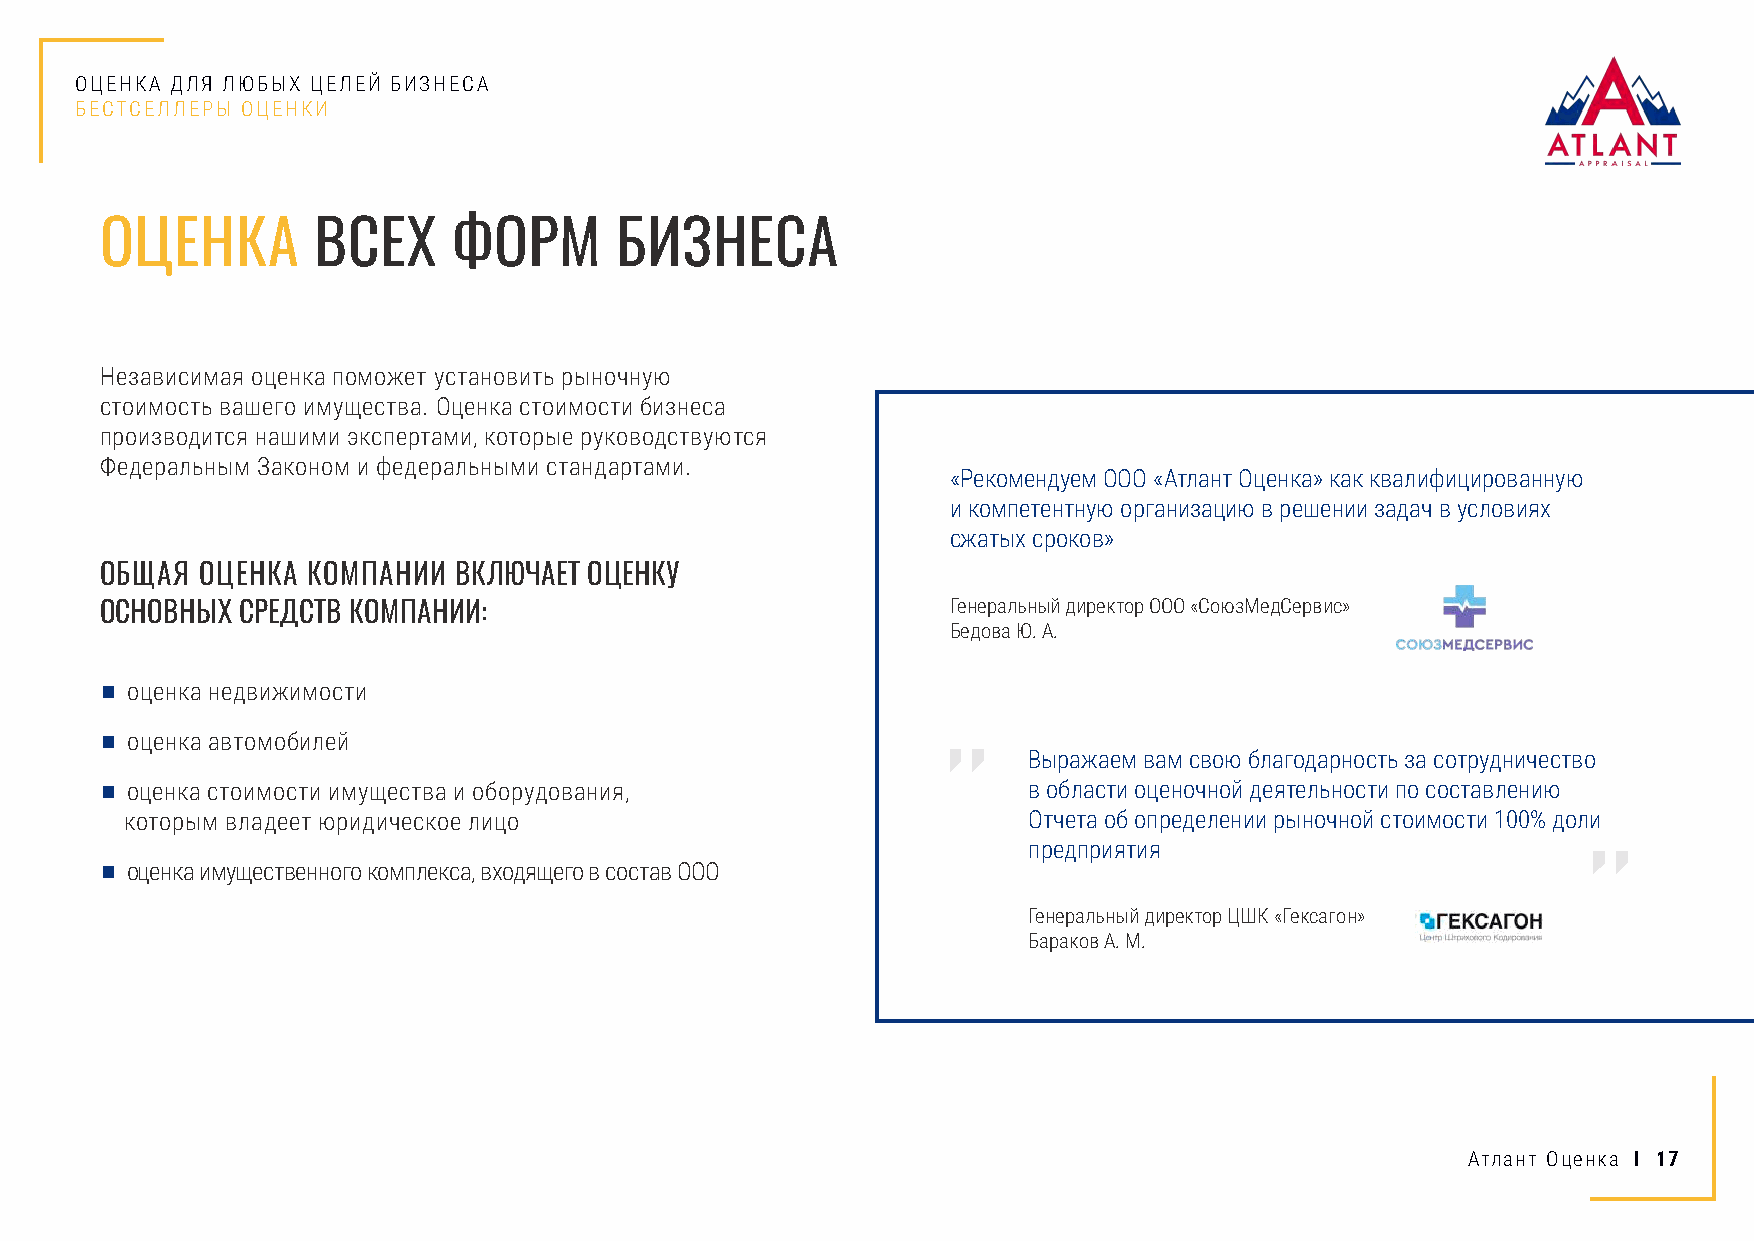
ОЦЕНКА ДЛЯ ЛЮБЫХ ЦЕЛЕЙ БИЗНЕСА
 БЕСТСЕЛЛЕРЫ ОЦЕНКИ
 ОЦЕНКА        ВСЕХ     ФОРМ       БИЗНЕСА
 Независимая оценка поможет установить рыночную
 стоимость вашего имущества. Оценка стоимости бизнеса
 производится нашими экспертами, которые руководствуются
 Федеральным Законом и федеральными стандартами.
 «Рекомендуем ООО «Атлант Оценка» как квалифицированную
 и компетентную организацию в решении задач в условиях
 сжатых сроков»
 ОБЩАЯ ОЦЕНКА КОМПАНИИ  ВКЛЮЧАЕТ ОЦЕНКУ
 ОСНОВНЫХ СРЕДСТВ КОМПАНИИ:                              Генеральный директор ООО «СоюзМедСервис»
 Бедова Ю. А.
 ■ оценка недвижимости
 ■ оценка автомобилей
 Выражаем вам свою благодарность за сотрудничество
 ■ оценка стоимости имущества и оборудования,                 в области оценочной деятельности по составлению
 которым владеет юридическое лицо                            Отчета об определении рыночной стоимости 100% доли
 предприятия
 ■ оценка имущественного комплекса, входящего в состав ООО
 Генеральный директор ЦШК «Гексагон»
 Бараков А. М.
 Атлант Оценка I 17